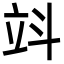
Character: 䇆